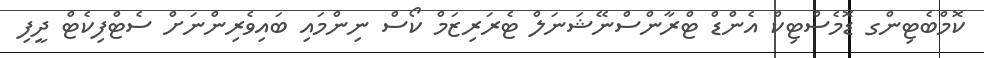
ކޮމްބެޓިންގ ޑޮމެސްޓިކް އެންޑް ޓްރާންސްނޭޝަނަލް ޓެރަރިޒަމް ކޯސް ނިންމައި ބައިވެރިންނަށް ސެޓްފިކެޓް ދީފި